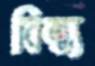
বিন্ধ্য